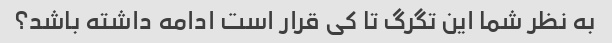
به نظر شما این تگرگ تا کی قرار است ادامه داشته باشد؟